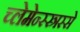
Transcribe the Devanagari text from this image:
च्लेमेन्स्स्त्रस्से